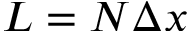
L = N \Delta x